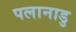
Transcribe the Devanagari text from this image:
पलानाडु